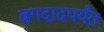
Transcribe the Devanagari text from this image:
बगदादपर्यंत